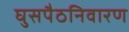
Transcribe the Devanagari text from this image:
घुसपैठनिवारण